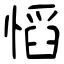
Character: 慆